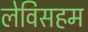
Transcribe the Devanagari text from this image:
लेविसहम